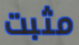
مثبت